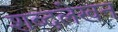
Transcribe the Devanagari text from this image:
शब्दलेखन